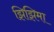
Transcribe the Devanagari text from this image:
झिझिमा